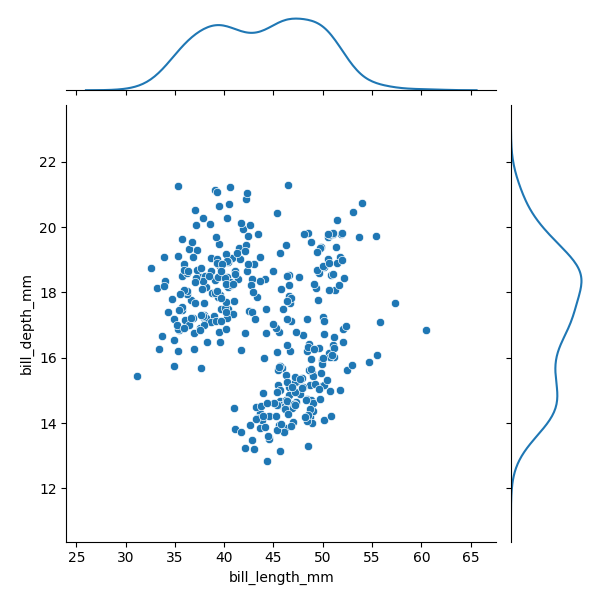
python, seaborn, JointGrid, scatterplot, kdeplot